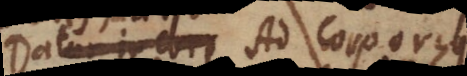
Datur in corp Ad corporis